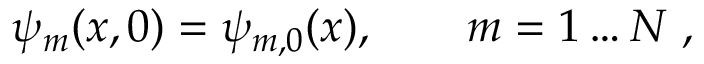
\psi _ { m } ( x , 0 ) = \psi _ { m , 0 } ( x ) , \qquad m = 1 \ldots N \; ,